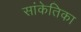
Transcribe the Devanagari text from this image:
सांकेतिका